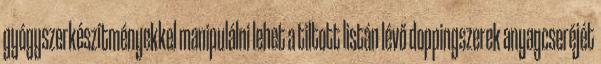
gyógyszerkészítményekkel manipulálni lehet a tiltott listán lévő doppingszerek anyagcseréjét